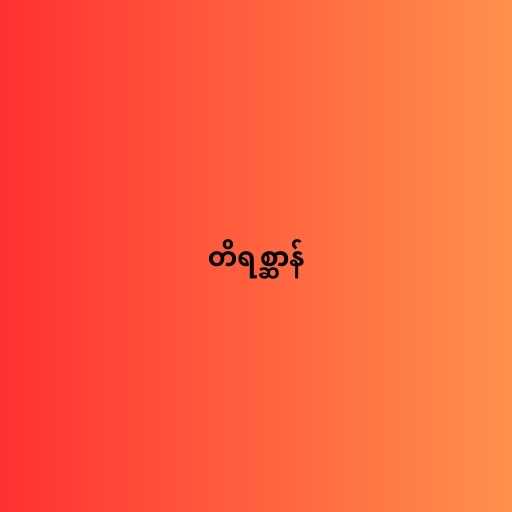
တိရစ္ဆာန်